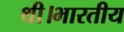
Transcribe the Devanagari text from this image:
थी।भारतीय